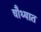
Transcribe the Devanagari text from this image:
चौथ्यात